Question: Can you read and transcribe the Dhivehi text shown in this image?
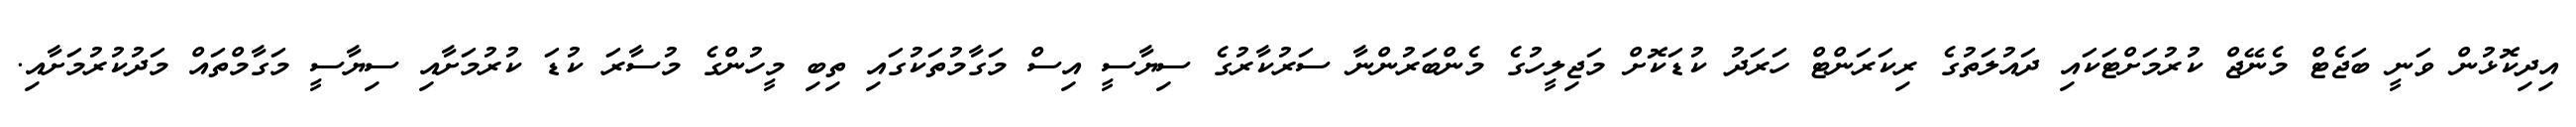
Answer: އިދިކޮޅުން ވަނީ ބަޖެޓް މެނޭޖް ކުރުމަށްޓަކައި ދައުލަތުގެ ރިކަރަންޓް ހަރަދު ކުޑަކޮށް މަޖިލީހުގެ މެންބަރުންނާ ސަރުކާރުގެ ސިޔާސީ އިސް މަގާމުތަކުގައި ތިބި މީހުންގެ މުސާރަ ކުޑަ ކުރުމަށާއި ސިޔާސީ މަގާމްތައް މަދުކުރުމަށާއި.